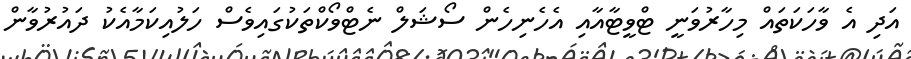
އަދި އެ ވާހަކަތައް މިހާރުވަނީ ޓްވީޓާއާއި އެހެނިހެން ސޯޝަލް ނެޓްވޯކްތަކުގައިވެސް ހަލުއިކަމާއެކު ދައުރުވާން